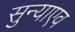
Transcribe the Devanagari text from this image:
सुन्याएव